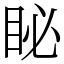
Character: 䀣